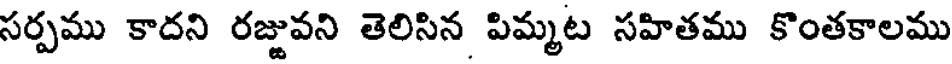
సర్పము కాదని రజ్జువని తెలిసిన పిమ్మట సహితము కొంతకాలము